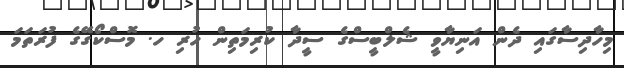
މިހާދިސާގައި ދެން އަނިޔާވީ ޝެލްބީސްގެ ސީދާ ކުރިމަތިން ހުރި ހ. މޮސްކޯގޭގެ ފުރަތަމަ